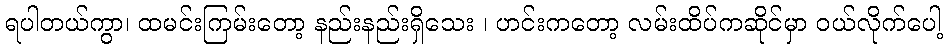
ရပါတယ်ကွာ၊ ထမင်းကြမ်းတော့ နည်းနည်းရှိသေး ၊ ဟင်းကတော့ လမ်းထိပ်ကဆိုင်မှာ ဝယ်လိုက်ပေါ့